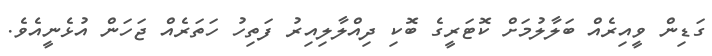
ގަޑިން ވީއިރެއް ބަލާލުމަށް ކޮޓަރީގެ ބޮކި ދިއްލާލިއިރު ފަތިހު ހަތަރެއް ޖަހަން އުޅެނީއެވެ.